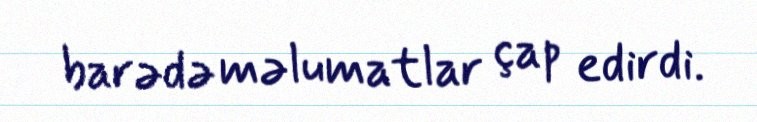
barədə məlumatlar çap edirdi.